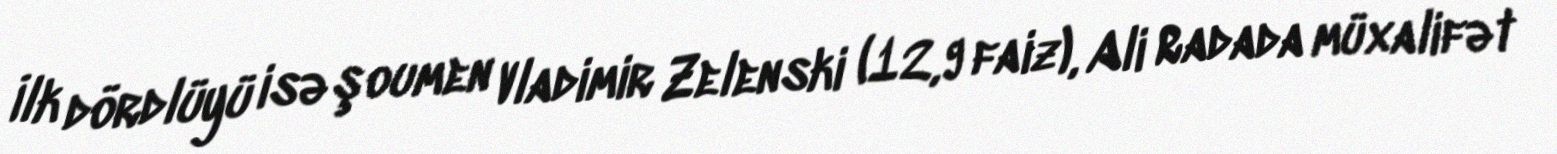
İlk dördlüyü isə şoumen Vladimir Zelenski (12,9 faiz), Ali Radada müxalifət